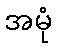
အမုံ